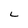
Character: L